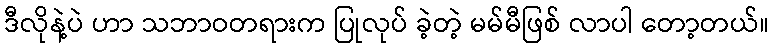
ဒီလိုနဲ့ပဲ ဟာ သဘာဝတရားက ပြုလုပ် ခဲ့တဲ့ မမ်မီဖြစ် လာပါ တော့တယ်။